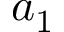
a _ { 1 }